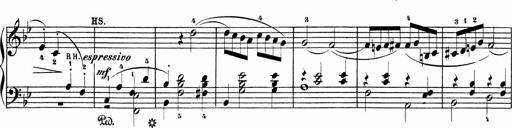
Title: Sonatinas
Composer: Andrew Violette